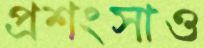
প্রশংসাও